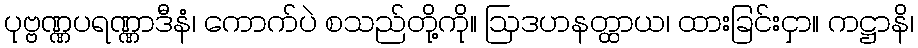
ပုဗ္ဗဏ္ဏပရဏ္ဏာဒီနံ၊ ကောက်ပဲ စသည်တို့ကို။ ဩဒဟနတ္ထာယ၊ ထားခြင်းငှာ။ ကဋ္ဌာနိ၊